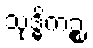
သုဒ္ဓိကဉ္စ